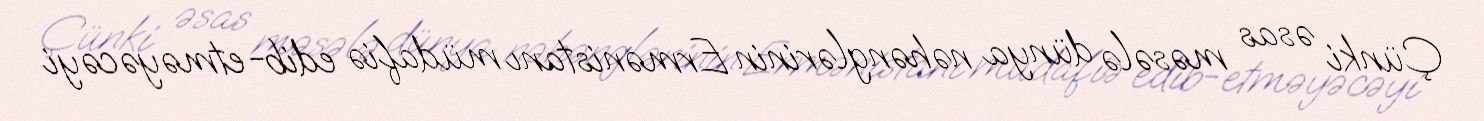
Çünki əsas məsələ dünya nəhənglərinin Ermənistanı müdafiə edib-etməyəcəyi